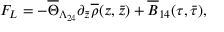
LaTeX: F _ { L } = - \overline { { { \Theta } } } _ { \Lambda _ { 2 4 } } \partial _ { \bar { z } } \overline { { { \rho } } } ( z , \bar { z } ) + \overline { { { B } } } _ { 1 4 } ( \tau , \bar { \tau } ) ,